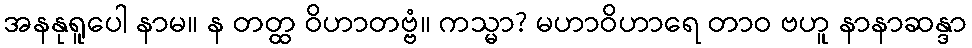
အနနုရူပေါ နာမ။ န တတ္ထ ဝိဟာတဗ္ဗံ။ ကသ္မာ? မဟာဝိဟာရေ တာဝ ဗဟူ နာနာဆန္ဒာ